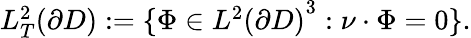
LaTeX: \begin{array}{r}{L_{T}^{2}(\partial D):=\{ \Phi\in{L^{2}(\partial D)}^{3}:\nu\cdot\Phi=0\} .}\end{array}